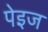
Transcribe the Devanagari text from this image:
पेइज